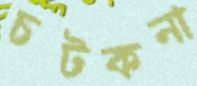
চটকনা